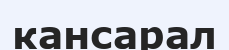
кансарал